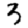
Digit: 3